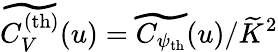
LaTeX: \widetilde{C_{V}^{\mathrm{(th)}}}(u)=\widetilde{C_{\psi_{\mathrm{th}}}}(u)/\widetilde{K}^{2}